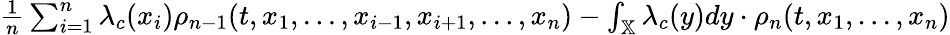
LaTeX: \begin{array}{r}{\frac{1}{n}\sum_{i=1}^{n}\lambda_{c}(x_{i})\rho_{n-1}(t,x_{1},...,x_{i-1},x_{i+1},...,x_{n})-\int_{\mathbb{X}}\lambda_{c}(y)dy\cdot\rho_{n}(t,x_{1},...,x_{n})}\end{array}